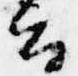
云